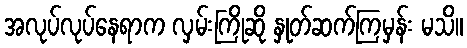
အလုပ်လုပ်နေရာက လှမ်းကြိုဆို နှုတ်ဆက်ကြမှန်း မသိ။